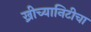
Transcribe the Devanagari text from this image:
ख्रीच्यानिटीचा